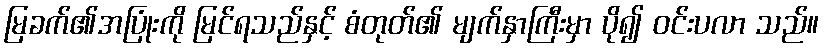
မြခက်၏အပြုံးကို မြင်ရသည်နှင့် စံတုတ်၏ မျက်နှာကြီးမှာ ပို၍ ဝင်းပလာ သည်။